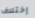
إختلاف